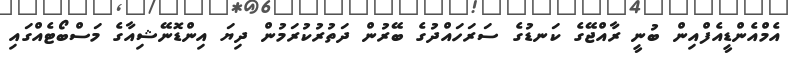
އެމްއެންޑީއެފްއިން ބުނީ ރާއްޖޭގެ ކަނޑުގެ ސަރަހައްދުގެ ބޭރުން ދަތުރުކުރަމުން ދިޔަ އިންޑޮނޭޝިއާގެ މަސްބޯޓެއްގައި